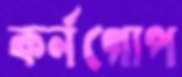
কর্নগোপ